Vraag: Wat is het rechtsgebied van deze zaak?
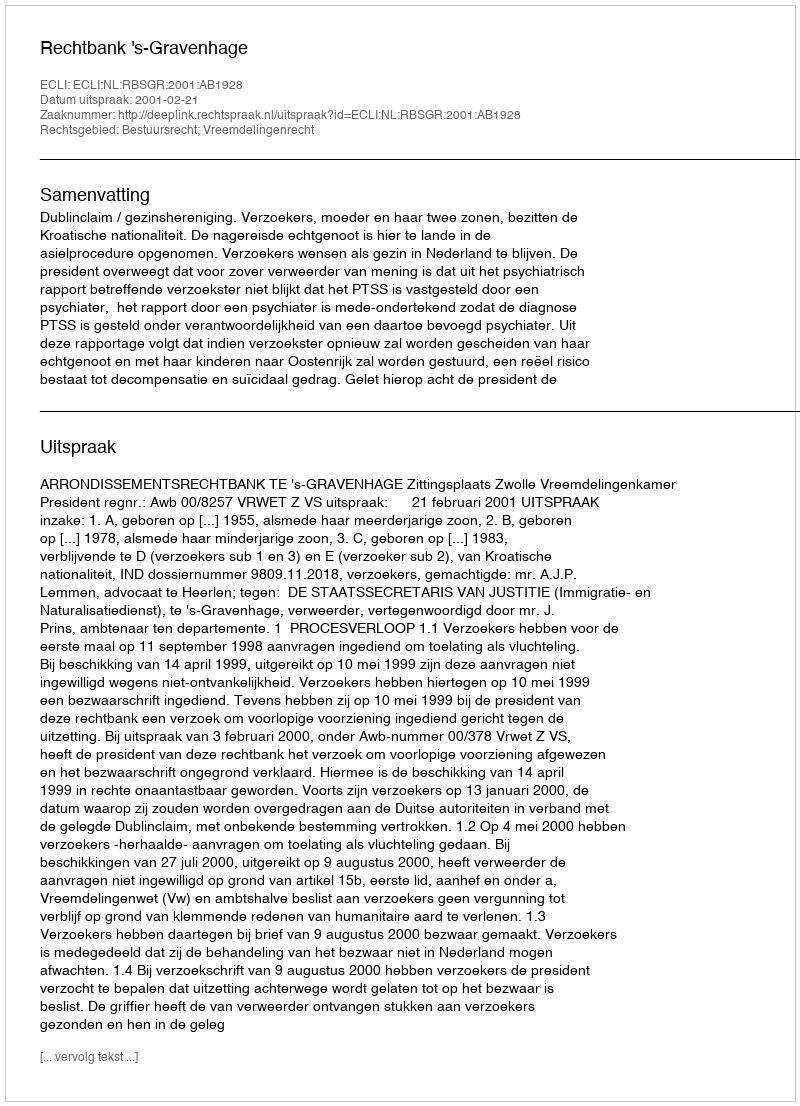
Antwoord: Bestuursrecht; Vreemdelingenrecht